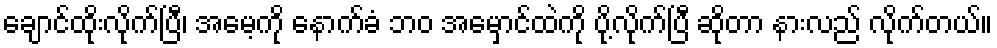
ချောင်ထိုးလိုက်ပြီ၊ အမေ့ကို နောက်ခံ ဘဝ အမှောင်ထဲကို ပို့လိုက်ပြီ ဆိုတာ နားလည် လိုက်တယ်။